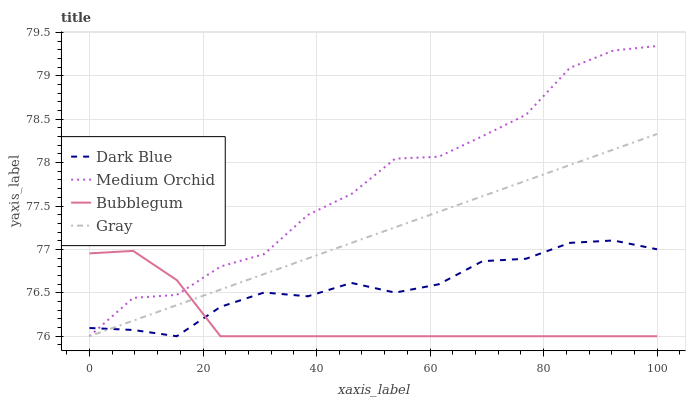
| xaxis_label | Dark Blue | Medium Orchid | Bubblegum | Gray |
 | --- | --- | --- | --- | --- |
 | 0 | 76.1 | 76 | 77 | 76 |
 | 7.69 | 76.1 | 76.4 | 77 | 76.2 |
 | 15.4 | 76 | 76.5 | 76.6 | 76.4 |
 | 23.1 | 76.3 | 76.8 | 76 | 76.5 |
 | 30.8 | 76.5 | 76.9 | 76 | 76.7 |
 | 38.5 | 76.5 | 77.4 | 76 | 76.9 |
 | 46.2 | 76.6 | 77.6 | 76 | 77.1 |
 | 53.8 | 76.5 | 78 | 76 | 77.3 |
 | 61.5 | 76.6 | 78.1 | 76 | 77.4 |
 | 69.2 | 76.9 | 78.3 | 76 | 77.6 |
 | 76.9 | 76.9 | 78.6 | 76 | 77.8 |
 | 84.6 | 77.1 | 79.1 | 76 | 78 |
 | 92.3 | 77.1 | 79.3 | 76 | 78.2 |
 | 100 | 77 | 79.3 | 76 | 78.3 |